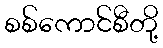
စစ်ကောင်စီတို့